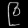
Digit: ၉